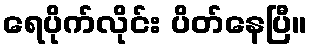
ရေပိုက်လိုင်း ပိတ်နေပြီ။